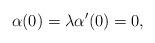
LaTeX: \begin{align*}\alpha(0)=\lambda \alpha'(0)=0, \end{align*}